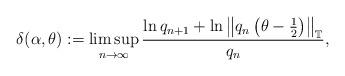
LaTeX: \begin{align*}\delta(\alpha, \theta):=\limsup _{n \rightarrow \infty} \frac{\ln q_{n+1}+\ln \left\|q_{n}\left(\theta-\frac{1}{2}\right)\right\|_{\mathbb{T}}}{q_{n}},\end{align*}